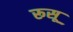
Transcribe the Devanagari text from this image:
रूसू